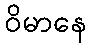
ဝိမာနေ